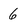
Character: 6